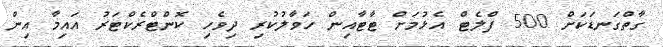
ގާތްގަނޑަކަށް 500 ފްލެޓް އެޅުމަށް ޓާޓާއިން ހަވާލުކުރި ދިވެހި ކޮންޓްރެކްޓަރު އައިމާ އިން